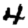
Digit: 4